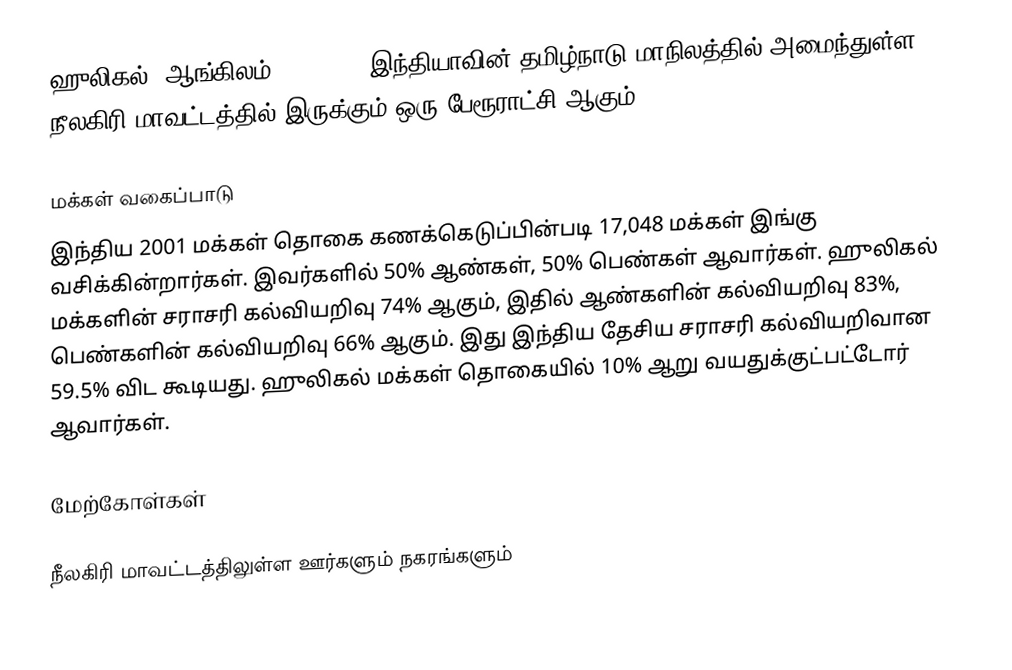
ஹுலிகல் (ஆங்கிலம்:Huligal), இந்தியாவின் தமிழ்நாடு மாநிலத்தில் அமைந்துள்ள நீலகிரி மாவட்டத்தில் இருக்கும் ஒரு பேரூராட்சி ஆகும்.

மக்கள் வகைப்பாடு
இந்திய 2001 மக்கள் தொகை கணக்கெடுப்பின்படி 17,048 மக்கள் இங்கு வசிக்கின்றார்கள். இவர்களில் 50% ஆண்கள், 50% பெண்கள் ஆவார்கள். ஹுலிகல் மக்களின் சராசரி கல்வியறிவு 74% ஆகும்,  இதில் ஆண்களின் கல்வியறிவு 83%,  பெண்களின் கல்வியறிவு 66% ஆகும். இது இந்திய தேசிய சராசரி கல்வியறிவான 59.5% விட கூடியது. ஹுலிகல் மக்கள் தொகையில் 10% ஆறு வயதுக்குட்பட்டோர் ஆவார்கள்.

மேற்கோள்கள்

நீலகிரி மாவட்டத்திலுள்ள ஊர்களும் நகரங்களும்